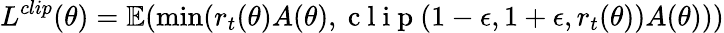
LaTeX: L^{clip}(\theta)=\mathbb{E}(\operatorname*{min}(r_{t}(\theta)A(\theta),\mathrm{~c~l~i~p~}(1-\epsilon,1+\epsilon,r_{t}(\theta))A(\theta)))